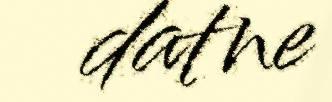
datne